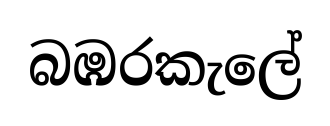
බඹරකැලේ